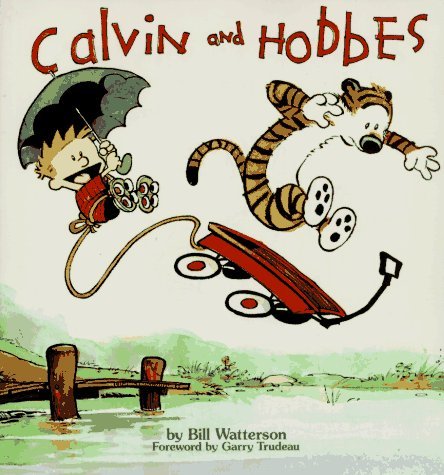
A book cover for Calvin and Hobbes; Bill Watterson; Comics & Graphic Novels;